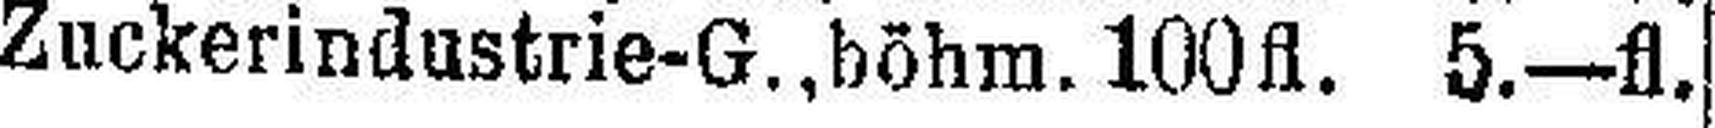
Zuckerindustrie-G., böhm. 100fl. 5.—fl.